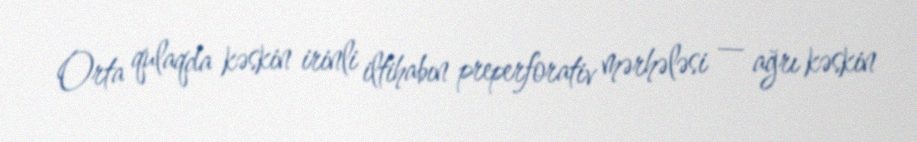
Orta qulaqda kəskin irinli iltihabın preperforativ mərhələsi — ağrı kəskin